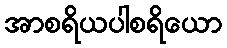
အာစရိယပါစရိယော